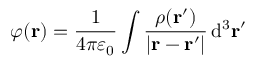
\varphi \mathbf { ( r ) } = { \frac { 1 } { 4 \pi \varepsilon _ { 0 } } } \int { \frac { \rho ( \mathbf { r ^ { \prime } } ) } { | \mathbf { r } - \mathbf { r ^ { \prime } } | } } \, \mathrm { d ^ { 3 } } \mathbf { r ^ { \prime } }